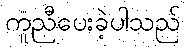
ကူညီပေးခဲ့ပါသည်